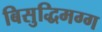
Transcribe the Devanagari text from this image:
बिसुद्धिमग्ग